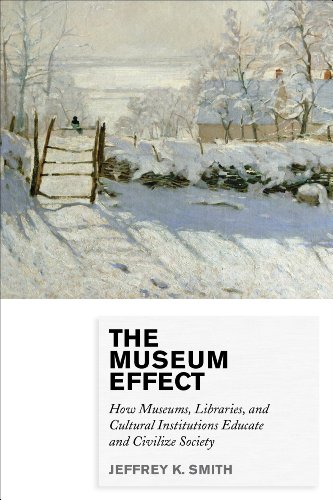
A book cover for The Museum Effect: How Museums, Libraries, and Cultural Institutions Educate and Civilize Society; Jeffrey K. Smith; Business & Money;